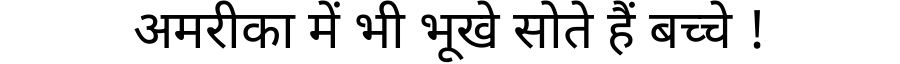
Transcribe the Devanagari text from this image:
अमरीका में भी भूखे सोते हैं बच्चे !